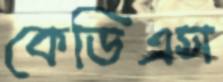
কেডিএস